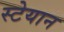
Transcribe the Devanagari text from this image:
स्टेयान